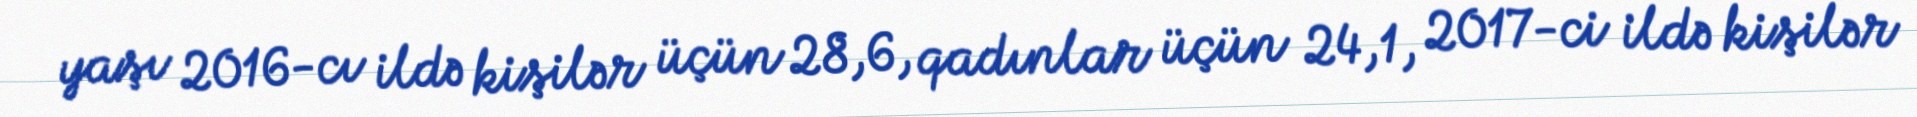
yaşı 2016-cı ildə kişilər üçün 28,6, qadınlar üçün 24,1, 2017-ci ildə kişilər